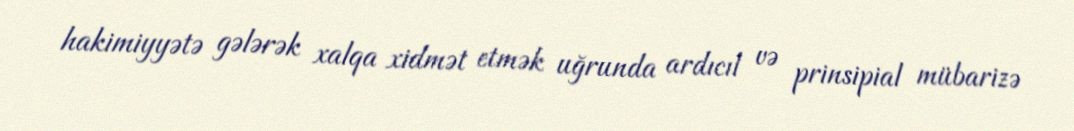
hakimiyyətə gələrək xalqa xidmət etmək uğrunda ardıcıl və prinsipial mübarizə